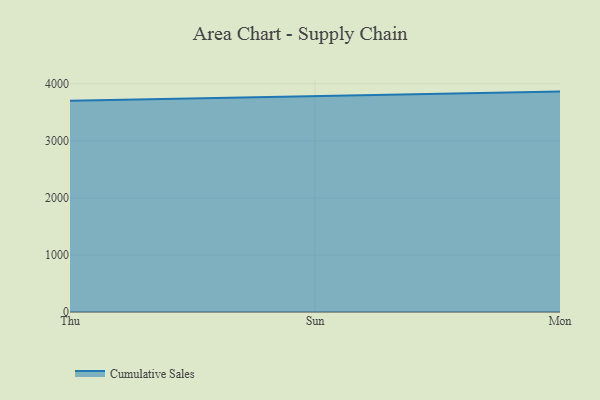
{"axis": {"x": "Day", "y": "Satisfaction Score"}, "legend": ["Cumulative Sales"], "data": [{"x": "Thu", "y": 3702.4, "type": "Cumulative Sales"}, {"x": "Sun", "y": 3777.9, "type": "Cumulative Sales"}, {"x": "Mon", "y": 3864.8, "type": "Cumulative Sales"}]}